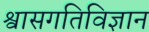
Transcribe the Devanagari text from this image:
श्वासगतिविज्ञान